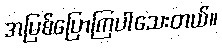
အပြစ်ပြောကြပါသေးတယ်။